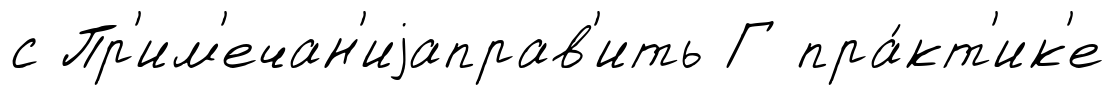
с Пр'им'ечан'иjаправ'ить Г пра́кт'ик'е